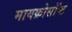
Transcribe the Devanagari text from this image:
मायक्रोसॉप्ट